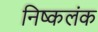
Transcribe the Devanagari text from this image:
निष्‍कलंक